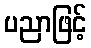
ပညာဖြင့်